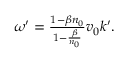
\begin{array} { r } { \omega ^ { \prime } = \frac { 1 - \beta n _ { 0 } } { 1 - \frac { \beta } { n _ { 0 } } } v _ { 0 } k ^ { \prime } . } \end{array}